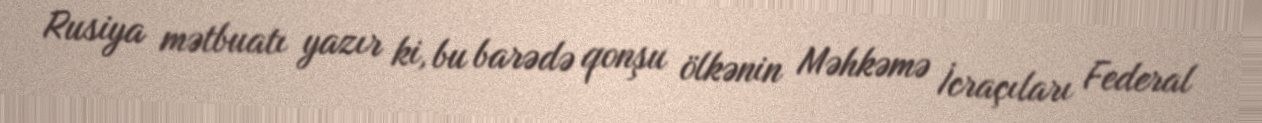
Rusiya mətbuatı yazır ki, bu barədə qonşu ölkənin Məhkəmə İcraçıları Federal